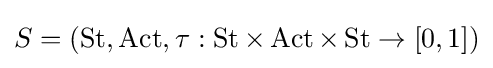
S=(\operatorname {St} ,\operatorname {Act} ,\tau :\operatorname {St} \times \operatorname {Act} \times \operatorname {St} \rightarrow [0,1])